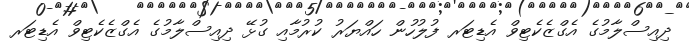
ދިއިސްލާމުގެ އެގްޒެކެޓިވް އެޑިޓަރ ފުލުހުން ހައްޔަރު ކުރުމާއި ގުޅޭ ދިއިސްލާމުގެ އެގްޒެކެޓިވް އެޑިޓަރ